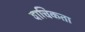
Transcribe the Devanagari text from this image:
वाचिकता